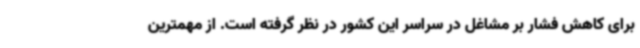
برای کاهش فشار بر مشاغل در سراسر این کشور در نظر گرفته است. از مهمترین